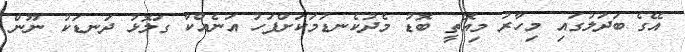
އޭގެ ބަދަލުގައި މިހާރު މިއޮތީ ބޮޑު މެދުކެނޑުމަކަށްފަހު އަނެއްކާ ގަލޮޅު ދަނޑަކު ނޫން